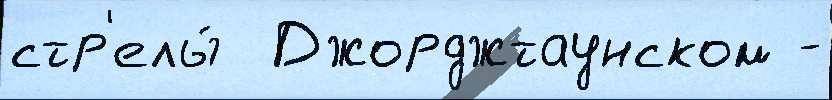
стр'елы́  Джорджтаунском -